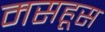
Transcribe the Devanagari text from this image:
मसहूस